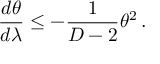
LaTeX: \frac { d \theta } { d \lambda } \leq - \frac { 1 } { D - 2 } \theta ^ { 2 } \, .